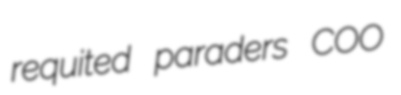
requited paraders COO